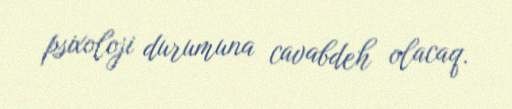
psixoloji durumuna cavabdeh olacaq.